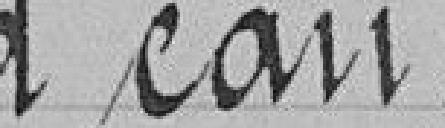
d'eau